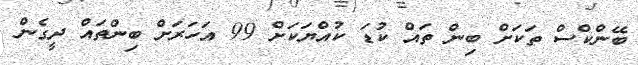
ބޭންކްސް ތަކަށް ބިން ތައް ކުޑަ ކުއްޔަކަށް 99 އަހަރަށް ބިންތައް ދީގެން